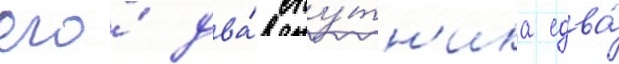
его́ два́ спу́тн'ика едва́